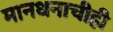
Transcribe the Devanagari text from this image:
मानधनाचीही